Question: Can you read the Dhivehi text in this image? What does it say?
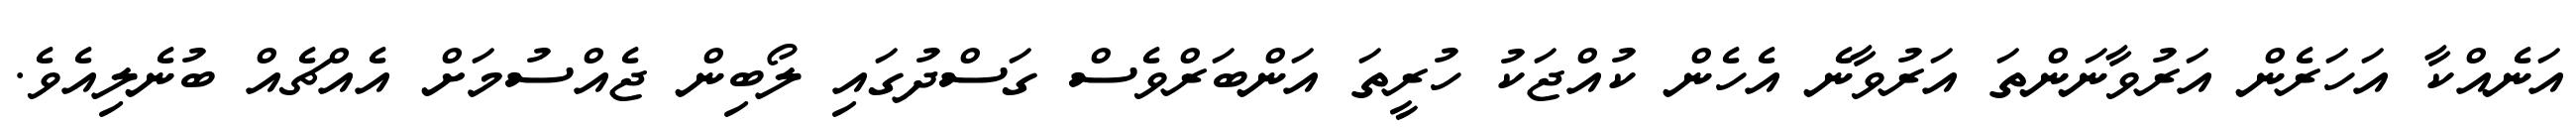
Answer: އަނެއްކާ އަހަރެން އަރުވާނަންތަ އަރުވާނެ އެހެން ކުއްޖަކު ހުރީތަ އަންބަރްވެސް ގަސްދުގައި ލޯބިން ޖެއްސުމަށް އެއްޗެއް ބުނެލިއެވެ.